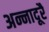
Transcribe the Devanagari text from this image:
अन्नादूरै